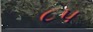
૮પ